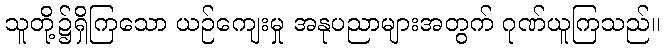
သူတို့၌ရှိကြသော ယဉ်ကျေးမှု အနုပညာများအတွက် ဂုဏ်ယူကြသည်။